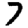
Digit: 7